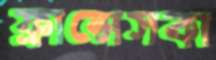
ফ্রান্সেসকা